Document type: Sale
Year: 1435
Scribe: Pere Soler
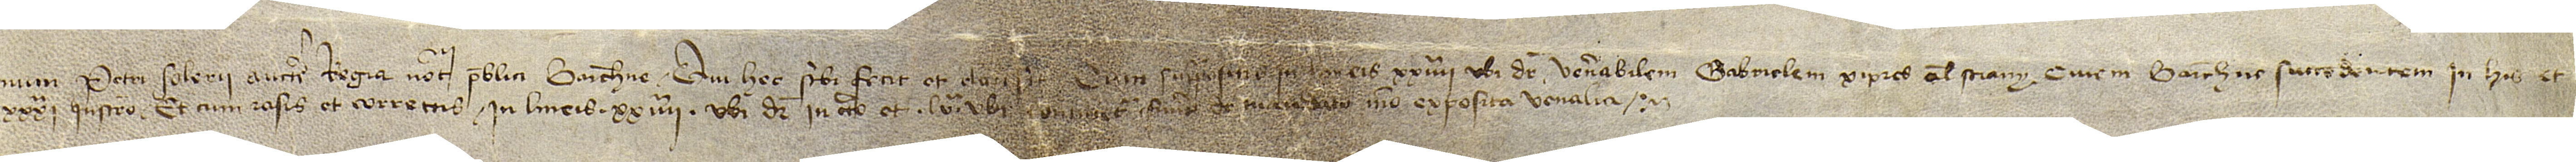
Sig(signe)num Petri Solerii, auctoritate regia notarii publici Barchinone, qui hec scribi fecit et clausit cum suprapositis in lineis XXIIIIª, ubi dicitur “venerabilem Gabrielem Xipres, alias Strany, civem Barchinone, succedentem in his”, et